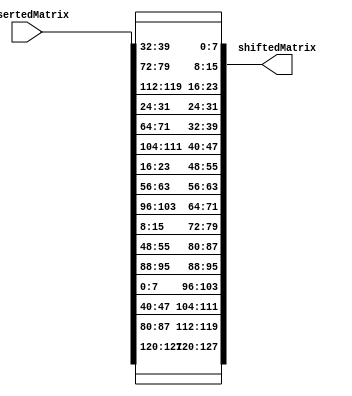
module ShiftRows (insertedMatrix, shiftedMatrix);
	input [0:127] insertedMatrix;
	output [0:127] shiftedMatrix;
	
	// First row isn't shifted
	assign shiftedMatrix[0+:8] = insertedMatrix[0+:8];
	assign shiftedMatrix[32+:8] = insertedMatrix[32+:8];
	assign shiftedMatrix[64+:8] = insertedMatrix[64+:8];
    assign shiftedMatrix[96+:8] = insertedMatrix[96+:8];
	
	// Second row is shifted left by 1
    assign shiftedMatrix[8+:8] = insertedMatrix[40+:8];
    assign shiftedMatrix[40+:8] = insertedMatrix[72+:8];
    assign shiftedMatrix[72+:8] = insertedMatrix[104+:8];
    assign shiftedMatrix[104+:8] = insertedMatrix[8+:8];
	
	// Third row is shifted left by 2
    assign shiftedMatrix[16+:8] = insertedMatrix[80+:8];
    assign shiftedMatrix[48+:8] = insertedMatrix[112+:8];
    assign shiftedMatrix[80+:8] = insertedMatrix[16+:8];
    assign shiftedMatrix[112+:8] = insertedMatrix[48+:8];
	
	// Fourth row is shifted left by 3
    assign shiftedMatrix[24+:8] = insertedMatrix[120+:8];
    assign shiftedMatrix[56+:8] = insertedMatrix[24+:8];
    assign shiftedMatrix[88+:8] = insertedMatrix[56+:8];
    assign shiftedMatrix[120+:8] = insertedMatrix[88+:8];

endmodule